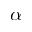
\alpha